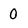
Character: 0